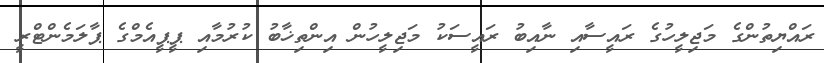
ރައްޔިތުންގެ މަޖިލީހުގެ ރައީސާއި ނާއިބު ރައީސަކު މަޖިލީހުން އިންތިޚާބު ކުރުމާއި ޕީޕީއެމްގެ ޕާލަމެންޓްރީ